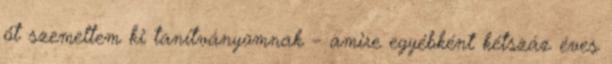
őt szemeltem ki tanítványomnak – amire egyébként kétszáz éves